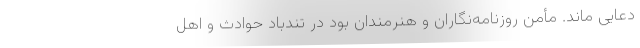
دعایی ماند. مأمن روزنامه‌نگاران و هنرمندان بود در تندباد حوادث و اهل